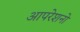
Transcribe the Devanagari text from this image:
आपरेशनो